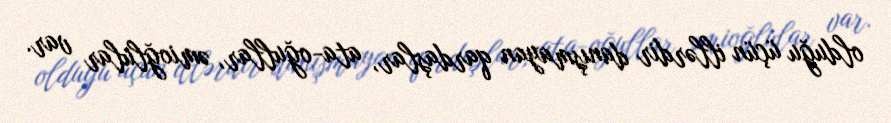
olduğu üçün illərdir danışmayan qardaşlar, ata-oğullar, əmioğlular var.